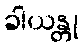
ခါယန္တု